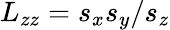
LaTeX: L_{zz}=s_{x}s_{y}/s_{z}